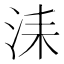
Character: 洡